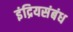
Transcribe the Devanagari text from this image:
इंद्रियसंबंध